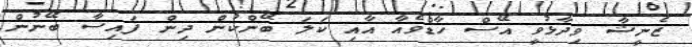
ޒެނީޝާ ވިދާޅުވީ އޭސް ހާޑްވެއާ އާއި ކަލަ ބޭންކުން ދިން ފައިސާ ބޭނުން